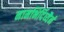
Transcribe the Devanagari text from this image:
नामभिर्दिव्यैर्न